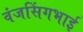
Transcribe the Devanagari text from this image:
वंजसिंगभाई